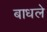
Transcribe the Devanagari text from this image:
बाधले